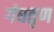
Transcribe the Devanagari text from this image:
गंधतृण